Civil Veterinary Department. United Provinces 1932-42 - 1932-1942
Year: 1932
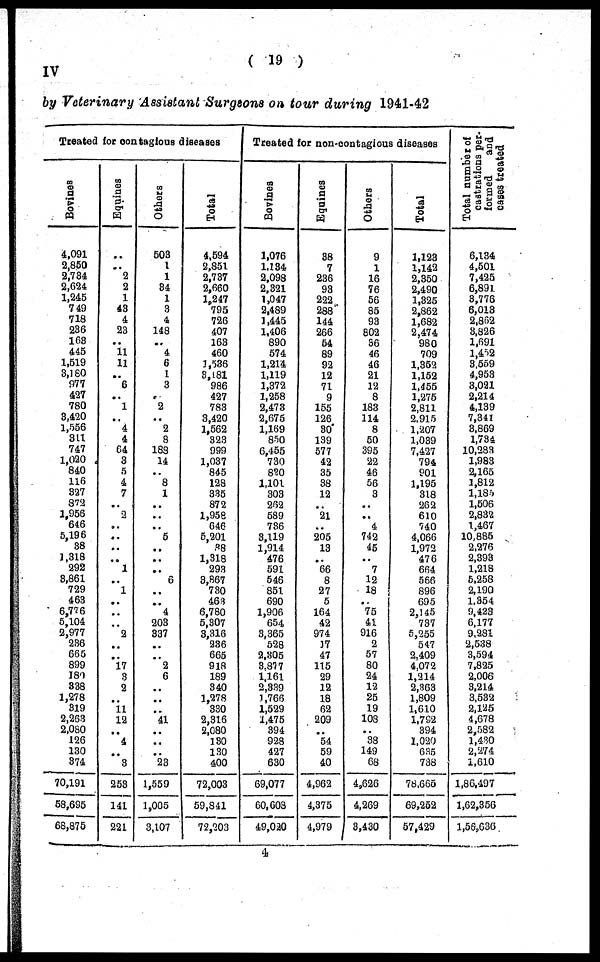
( 19 )
IV
by Veterinary Assistant Surgeons on tour during 1941-42
Treated for contagious diseases
Bovines
4,091
2,850
2,784
2,624
1,245
749
718
236
168
445
1,519
3,180
977
427
780
3,420
1,556
311
747
1,020
840
116
327
872
1,956
646
5,196
38
1,318
292
3,861
729
463
6,776
5,104
2,977
236
665
899
180
838
1,278
319
2,263
2,080
126
130
374
70,191
58,695
68,875
Equnies
..
..
2
2
1
43
4
23
..
11
11
..
6
..
1
..
4
4
64
3
5
4
7
..
2
..
..
..
..
1
..
1
..
..
..
2
..
..
17
3
2
..
11
12
..
4
..
3
253
141
221
Others
503
1
1
84
1
3
4
148
..
4
6
1
3
..
2
..
2
8
188
14
..
8
1
..
..
..
5
..
..
..
6
..
..
4
203
337
..
..
2
6
..
..
..
41
..
..
..
23
1,559
1,005
3,107
Total
4,594
2,851
2,737
2,660
1,247
795
726
407
163
460
1,536
3,181
986
427
783
3,420
1,562
323
999
1,037
845
128
335
872
l,95e
646
6,201
38
1,318
293
8,867
730
463
6,780
5,307
3,316
236
665
918
189
340
1,278
330
2,316
2,080
130
130
400
72,003
59,841
72,203
Treated for non-contagious diseases
Bovines
1,076
1,184
2,098
2,321
1,047
2,489
1,445
1,406
890
574
1,214
1,119
1,372
1,258
2,473
2,675
1,169
850
6,455
730
820
1,101
303
262
589
786
3,119
1,914
476
591
546
851
690
1,906
654
3,365
528
2,305
3,877
1,161
2,339
1,766
1,529
1,475
394
928
427
630
69,077
60,608
49,020
Eqaines
38
7
236
93
222
288
144
266
54
89
92
12
71
9
155
126
30
139
577
42
35
38
12
..
21
..
205
13
..
66
8
27
5
164
42
974
17
47
115
29
12
18
62
209
..
54
59
40
4,962
4,375
4,979
Others
9
1
16
76
56
85
93
802
36
46
46
21
12
8
183
114
8
50
395
22
46
56
3
..
..
4
742
45
..
7
12
18
..
75
41
916
2
57
80
24
12
25
19
108
..
38
149
68
4,626
4,269
3,430
Total
1,123
1,142
2,350
2,490
1,325
2,862
1,682
2,474
980
709
1,352
1,152
l,455
1,275
2,811
2,915
1,207
1,039
7,427
794
901
1,195
318
262
610
740
4,066
1,972
476
664
566
896
695
2,145
737
5,255
547
2,409
4,072
1,214
2,363
1,809
1,610
1,792
394
1,020
635
738
78,665
69,252
57,429
Total number of
castrations per-
formed
and
cases treated
6,134
4,501
7,425
6,891
3,776
6,018
2,862
3,826
1,691
1,452
3,559
4,953
3,021
2,214
4,139
7,341
8,869
1,734
10,283
1,983
2,165
1,812
1,185
1,506
2,832
1,467
10,885
2,276
2,393
1,218
5,258
2,190
1,354
9,423
6,177
9,281
2,538
3,594
7,825
2,006
3,214
3,532
2,125
4,678
2,582
1,430
2,274
1,610
1,86,497
1,62,356
1,56,636
4